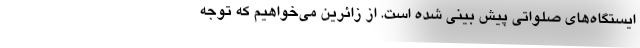
ایستگاه‌های صلواتی پیش بینی شده است. از زائرین می‌خواهیم که توجه